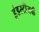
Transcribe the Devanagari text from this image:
इंडस्टीजची